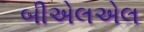
બીએલએલ